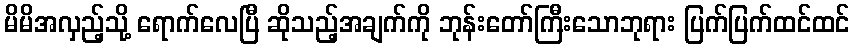
မိမိအလှည့်သို့ ရောက်လေပြီ ဆိုသည့်အချက်ကို ဘုန်းတော်ကြီးသောဘုရား ပြက်ပြက်ထင်ထင်